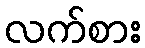
လက်စား